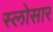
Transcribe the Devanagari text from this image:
स्लोसार